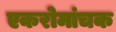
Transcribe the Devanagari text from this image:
एकरोमांचक